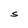
Character: S